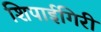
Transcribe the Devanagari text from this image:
शिपाईगिरी